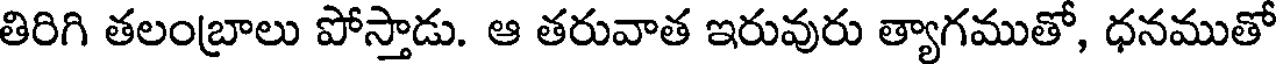
తిరిగి తలంబ్రాలు పోస్తాడు. ఆ తరువాత ఇరువురు త్యాగముతో, ధనముతో